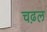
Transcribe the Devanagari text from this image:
चढ़ल